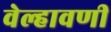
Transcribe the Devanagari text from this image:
वेल्हावणी